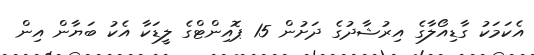
އެކަމަކު ގާޑިއޯލާގެ އިރުޝާދުގެ ދަށުން 15 ޕޮއިންޓްގެ ލީޑަކާ އެކު ބަޔާން އިން